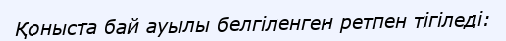
Қоныста бай ауылы белгіленген ретпен тігіледі: